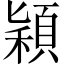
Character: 穎